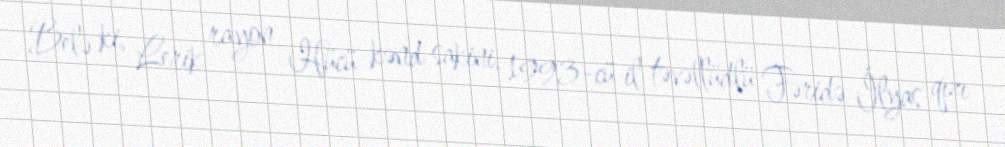
Belə ki, Lerik rayon Hücü kənd sakini, 1993-cü il təvəllüdlü Fəridə İlyas qızı